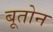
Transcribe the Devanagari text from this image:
बूतोन